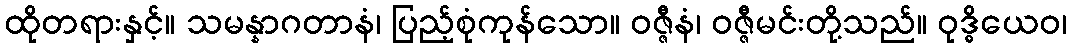
ထိုတရားနှင့်။ သမန္နာဂတာနံ၊ ပြည့်စုံကုန်သော။ ဝဇ္ဇီနံ၊ ဝဇ္ဇီမင်းတို့သည်။ ဝုဒ္ဓိယေဝ၊